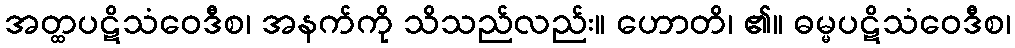
အတ္ထပဋိသံဝေဒီစ၊ အနက်ကို သိသည်လည်း။ ဟောတိ၊ ၏။ ဓမ္မပဋိသံဝေဒီစ၊